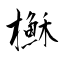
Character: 櫯